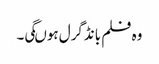
وہ فلم بانڈگرل ہوںگی۔